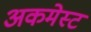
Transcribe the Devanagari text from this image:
अकमेस्ट